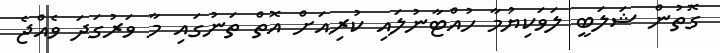
ގޮތުން ޝަލަބީ ލަވަކިޔުމާ ހުއްޓާނުލައި ކުރިއަށް އޮތް ތަނުގައި މާ ވަރުގަދަ ވެއްޖެ